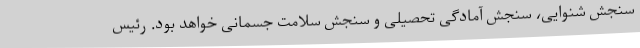
سنجش شنوایی، سنجش آمادگی تحصیلی و سنجش سلامت جسمانی خواهد بود. رئیس